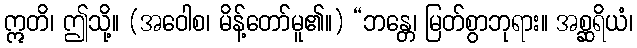
ဣတိ၊ ဤသို့။ (အဝေါစ၊ မိန့်တော်မူ၏။) “ဘန္တေ၊ မြတ်စွာဘုရား။ အစ္ဆရိယံ၊